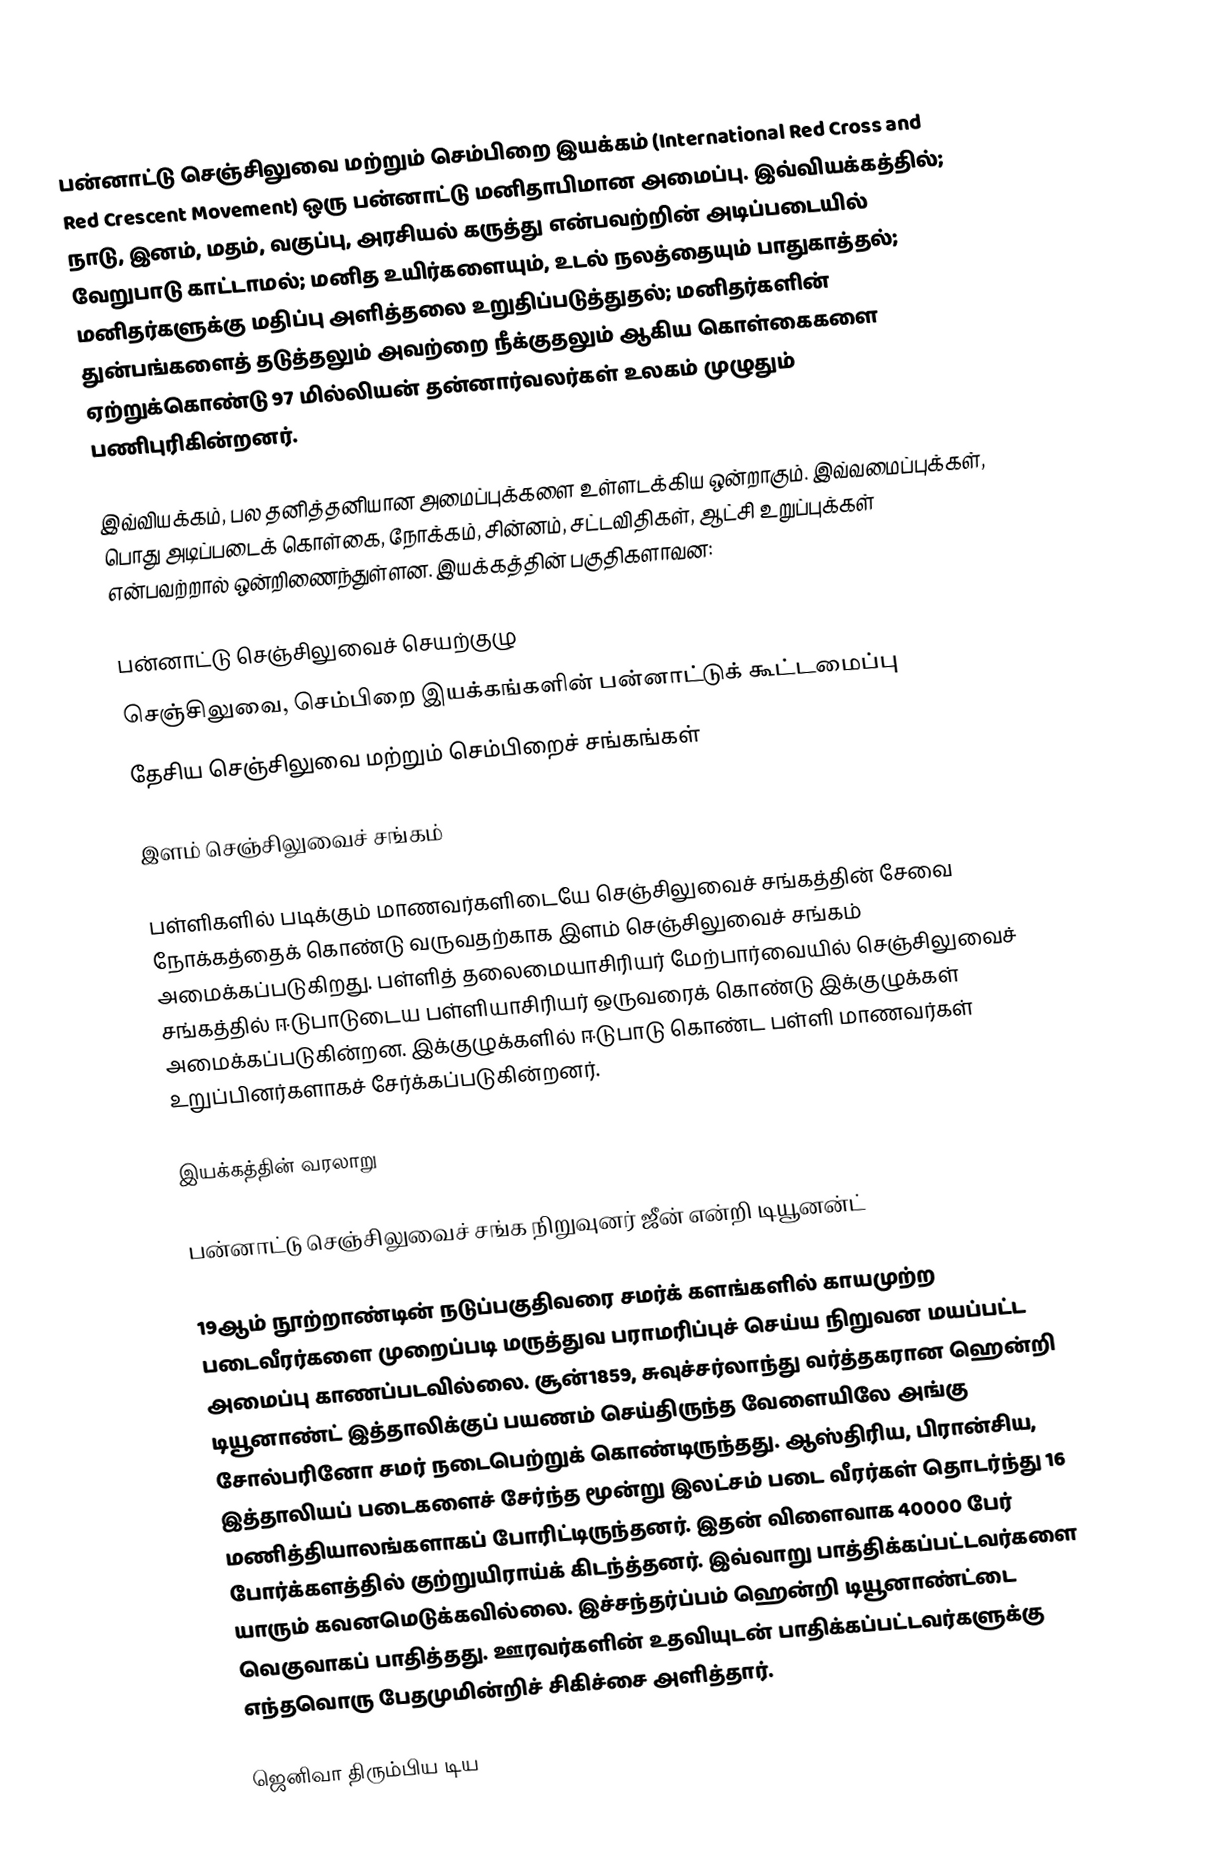
பன்னாட்டு செஞ்சிலுவை மற்றும் செம்பிறை இயக்கம் (International Red Cross and Red Crescent Movement) ஒரு பன்னாட்டு மனிதாபிமான அமைப்பு. இவ்வியக்கத்தில்; நாடு, இனம், மதம், வகுப்பு, அரசியல் கருத்து என்பவற்றின் அடிப்படையில் வேறுபாடு காட்டாமல்; மனித உயிர்களையும், உடல் நலத்தையும் பாதுகாத்தல்; மனிதர்களுக்கு மதிப்பு அளித்தலை உறுதிப்படுத்துதல்; மனிதர்களின் துன்பங்களைத் தடுத்தலும் அவற்றை நீக்குதலும் ஆகிய கொள்கைகளை ஏற்றுக்கொண்டு 97 மில்லியன் தன்னார்வலர்கள் உலகம் முழுதும் பணிபுரிகின்றனர்.

இவ்வியக்கம், பல தனித்தனியான அமைப்புக்களை உள்ளடக்கிய ஒன்றாகும். இவ்வமைப்புக்கள், பொது அடிப்படைக் கொள்கை, நோக்கம், சின்னம், சட்டவிதிகள், ஆட்சி உறுப்புக்கள் என்பவற்றால் ஒன்றிணைந்துள்ளன. இயக்கத்தின் பகுதிகளாவன:

 பன்னாட்டு செஞ்சிலுவைச் செயற்குழு
 செஞ்சிலுவை, செம்பிறை இயக்கங்களின் பன்னாட்டுக் கூட்டமைப்பு
 தேசிய செஞ்சிலுவை மற்றும் செம்பிறைச் சங்கங்கள்

இளம் செஞ்சிலுவைச் சங்கம்

பள்ளிகளில் படிக்கும் மாணவர்களிடையே செஞ்சிலுவைச் சங்கத்தின் சேவை நோக்கத்தைக் கொண்டு வருவதற்காக இளம் செஞ்சிலுவைச் சங்கம் அமைக்கப்படுகிறது. பள்ளித் தலைமையாசிரியர் மேற்பார்வையில் செஞ்சிலுவைச் சங்கத்தில் ஈடுபாடுடைய பள்ளியாசிரியர் ஒருவரைக் கொண்டு இக்குழுக்கள் அமைக்கப்படுகின்றன. இக்குழுக்களில் ஈடுபாடு கொண்ட பள்ளி மாணவர்கள் உறுப்பினர்களாகச் சேர்க்கப்படுகின்றனர்.

இயக்கத்தின் வரலாறு

பன்னாட்டு செஞ்சிலுவைச் சங்க நிறுவுனர் ஜீன் என்றி டியூனன்ட்

19ஆம் நூற்றாண்டின் நடுப்பகுதிவரை சமர்க் களங்களில் காயமுற்ற படைவீரர்களை முறைப்படி மருத்துவ பராமரிப்புச் செய்ய நிறுவன மயப்பட்ட அமைப்பு காணப்படவில்லை. சூன்1859, சுவுச்சர்லாந்து வர்த்தகரான ஹென்றி டியூனாண்ட் இத்தாலிக்குப் பயணம் செய்திருந்த வேளையிலே அங்கு சோல்பரினோ சமர் நடைபெற்றுக் கொண்டிருந்தது. ஆஸ்திரிய, பிரான்சிய, இத்தாலியப் படைகளைச் சேர்ந்த மூன்று இலட்சம் படை வீரர்கள் தொடர்ந்து 16 மணித்தியாலங்களாகப் போரிட்டிருந்தனர். இதன் விளைவாக 40000 பேர் போர்க்களத்தில் குற்றுயிராய்க் கிடந்த்தனர். இவ்வாறு பாத்திக்கப்பட்டவர்களை யாரும் கவனமெடுக்கவில்லை. இச்சந்தர்ப்பம் ஹென்றி டியூனாண்ட்டை வெகுவாகப் பாதித்தது. ஊரவர்களின் உதவியுடன் பாதிக்கப்பட்டவர்களுக்கு எந்தவொரு பேதமுமின்றிச் சிகிச்சை அளித்தார்.

ஜெனிவா திரும்பிய டிய